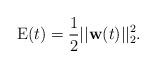
LaTeX: \begin{align*}\mathrm{E}(t) = \dfrac{1}{2} ||\textbf{w}(t)||^{2}_{2}.\end{align*}